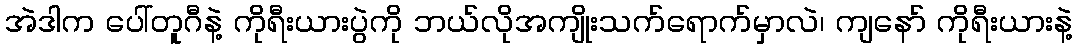
အဲဒါက ပေါ်တူဂီနဲ့ ကိုရီးယားပွဲကို ဘယ်လိုအကျိုးသက်ရောက်မှာလဲ၊ ကျနော် ကိုရီးယားနဲ့